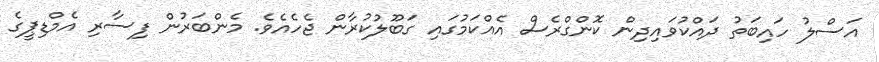
އަސްލު ހައިބަތު ދައްކުވައިދިން ކޮންގްރެސް އެއްކަމުގައި ގަބޫލުކުރާން ޖެހެއެވެ. މެންބަރުން ފިސާރި އެމްޑިޕީގެ